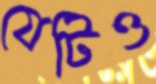
যেটিও